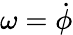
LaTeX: \omega=\dot{\phi}